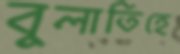
বুলাতিহে